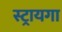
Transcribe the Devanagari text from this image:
स्ट्रायगा